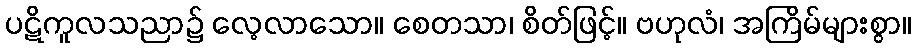
ပဋိကူလသညာ၌ လေ့လာသော။ စေတသာ၊ စိတ်ဖြင့်။ ဗဟုလံ၊ အကြိမ်များစွာ။